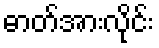
ဓာတ်အားလိုင်း